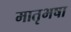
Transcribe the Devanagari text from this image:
मातृभषा